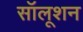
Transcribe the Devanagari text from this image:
सॉलूशन